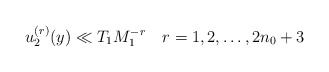
\begin{align*} u_2^{(r)} (y) \ll T_1 M_1^{-r} ~~~ r = 1, 2, \ldots, 2n_0 +3\end{align*}